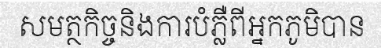
សមត្ថកិច្ចនិងការបំភ្លឺពីអ្នកភូមិបាន